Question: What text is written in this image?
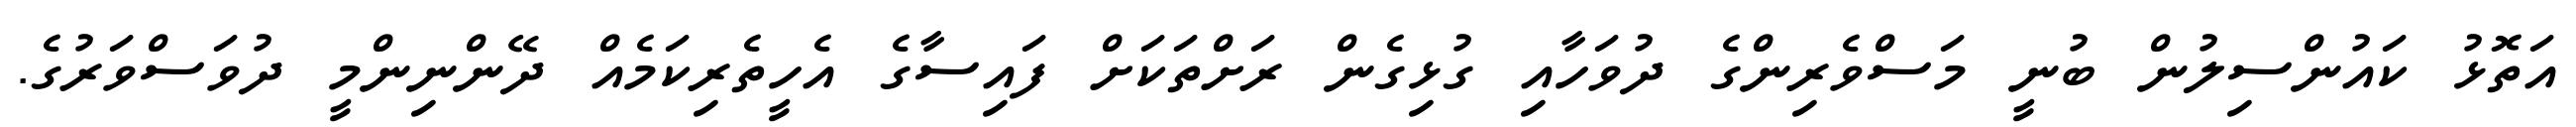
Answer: އަތޮޅު ކައުންސިލުން ބުނީ މަސްވެރިންގެ ދުވަހާއި ގުޅިގެން ރަށްތަކަށް ފައިސާގެ އެހީތެރިކަމެއް ދޭންނިންމީ ދުވަސްވަރުގެ.